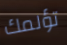
تؤلمك